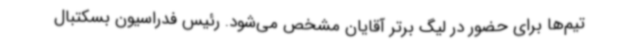
تیم‌ها برای حضور در لیگ برتر آقایان مشخص می‌شود. رئیس فدراسیون بسکتبال